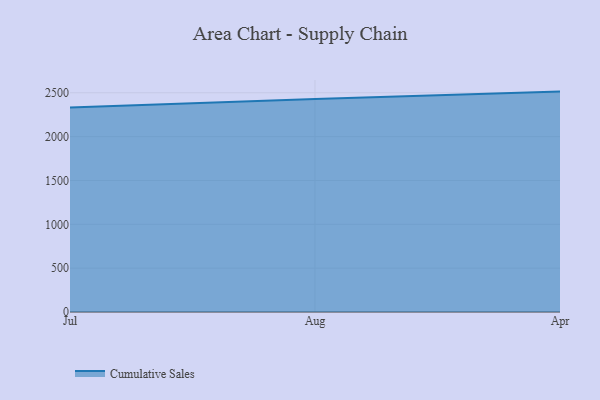
{"axis": {"x": "Month", "y": "Conversion Rate (%)"}, "legend": ["Cumulative Sales"], "data": [{"x": "Jul", "y": 2333.3, "type": "Cumulative Sales"}, {"x": "Aug", "y": 2429.5, "type": "Cumulative Sales"}, {"x": "Apr", "y": 2513.5, "type": "Cumulative Sales"}]}